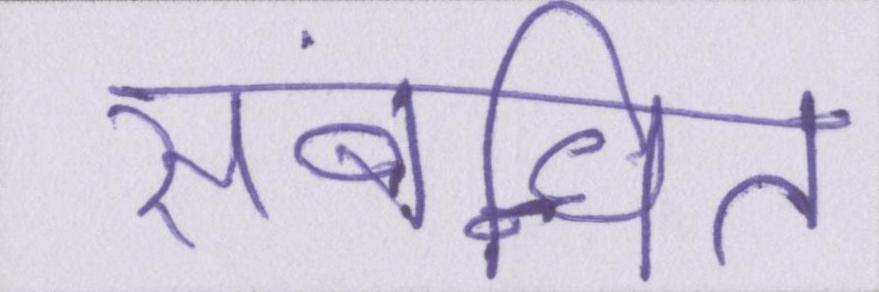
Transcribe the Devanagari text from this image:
संबन्धित